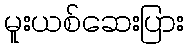
မူးယစ်ဆေးပြား